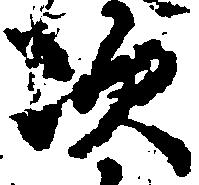
次